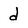
Character: d